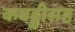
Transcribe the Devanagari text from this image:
कबड्डीसह